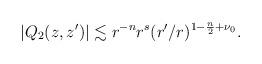
LaTeX: \begin{align*}\left|Q_2(z,z')\right|\lesssim r^{-n}r^{s}(r'/r)^{1-\frac n2+\nu_0}.\end{align*}